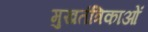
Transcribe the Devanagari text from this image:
मुखतंत्रिकाओं